Annual report on the working of the Harcourt Butler Institute of Public Health, Rangoon
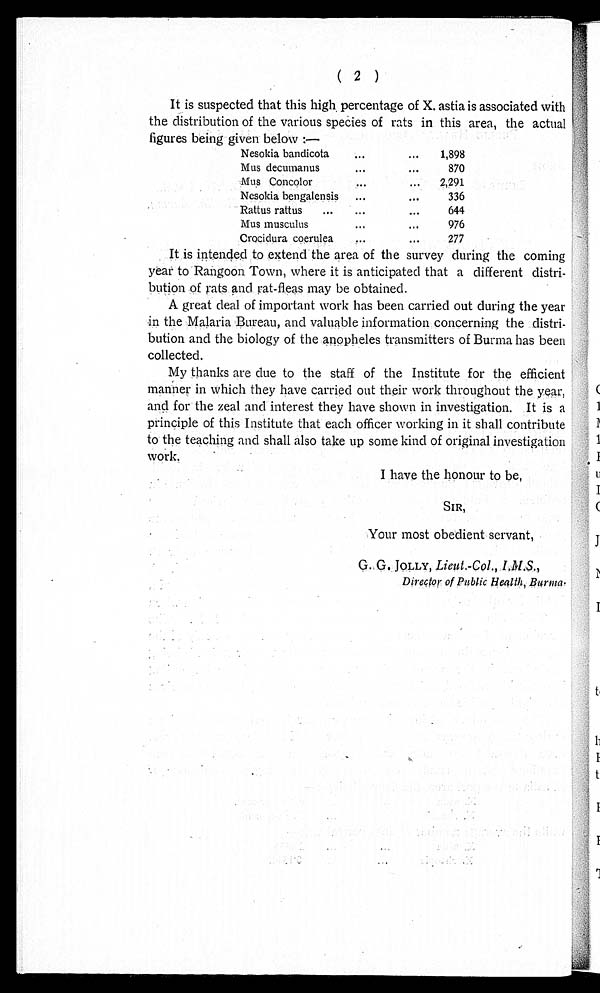
( 2 )
It is suspected that this high percentage of X. astia is associated with
the distribution of the various species of rats in this area, the actual
figures being given below :—
Nesokia bandicota . . .
1,898
Mus decumanus . . .
870
Mus Concolor . . .
2,291
Nesokia bengalensis . . .
336
Rattus rattus . . .
644
Mus musculus . . .
976
Crocidura coerulea . . .
2 7 7
It is intended to extend the area of the survey during the coming
year to Rangoon Town, where it is anticipated that a different distri
-
bution of rats and rat-fleas may be obtained.
A great deal of important work has been carried out during the year
in the Malaria Bureau, and valuable information concerning the distri
-
bution and the biology of the anopheles transmitters of Burma has been
collected.
My thanks are due to the staff of the Institute for the efficient
manner in which they have carried out their work throughout the year,
and for the zeal and interest they have shown in investigation. It is a
principle of this Institute that each officer working in it shall contribute
to the teaching and shall also take up some kind of original investigation
work.
I have the honour to be,
SIR,
Your most obedient servant,
Director of Public Health, Burma.